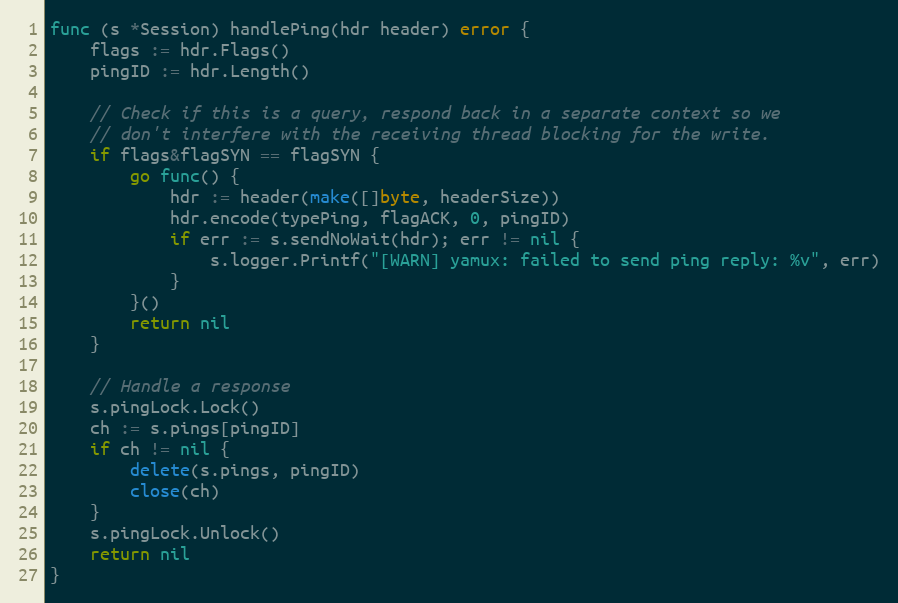
Language: Go
func (s *Session) handlePing(hdr header) error {
	flags := hdr.Flags()
	pingID := hdr.Length()

	// Check if this is a query, respond back in a separate context so we
	// don't interfere with the receiving thread blocking for the write.
	if flags&flagSYN == flagSYN {
		go func() {
			hdr := header(make([]byte, headerSize))
			hdr.encode(typePing, flagACK, 0, pingID)
			if err := s.sendNoWait(hdr); err != nil {
				s.logger.Printf("[WARN] yamux: failed to send ping reply: %v", err)
			}
		}()
		return nil
	}

	// Handle a response
	s.pingLock.Lock()
	ch := s.pings[pingID]
	if ch != nil {
		delete(s.pings, pingID)
		close(ch)
	}
	s.pingLock.Unlock()
	return nil
}